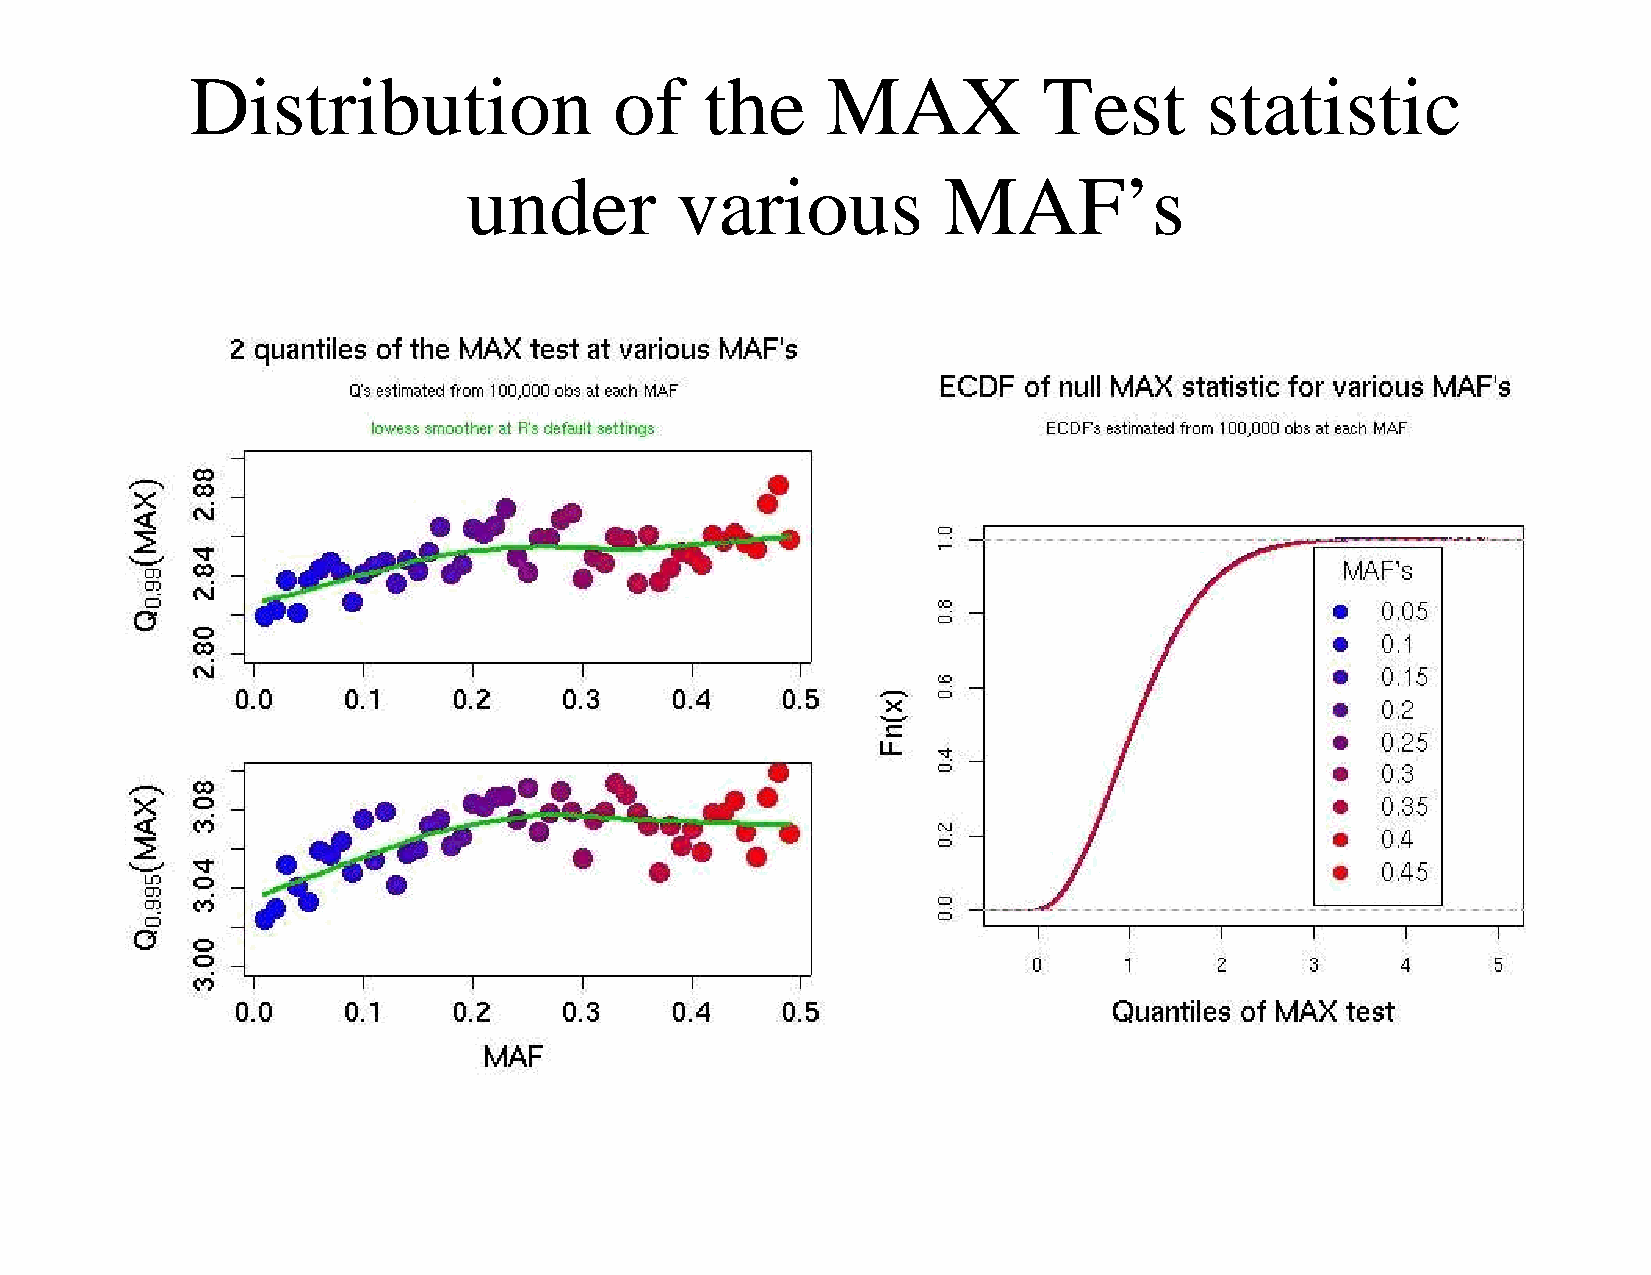
Distribution                of    the     MAX           Test       statistic
 under         various          MAF’s